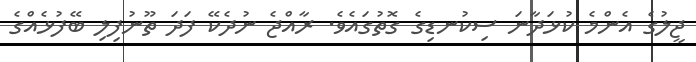
ޖީލުގެ އެންމެ ކުޅަދާނަ ސިކުނޑިގެ ގޮތުގައެވެ. ރާއްޖެ ނުދެކޭ ފަދަ ތޫނުފިލި ބޭފުޅެއްގެ